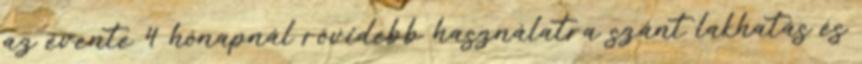
az évente 4 hónapnál rövidebb használatra szánt lakhatás és